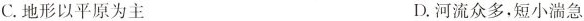
C.地形以平原为主 D.河流众多，短小湍急